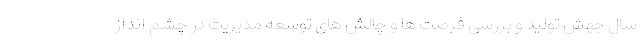
سال جهش تولید و بررسی فرصت ها و چالش های توسعه مدیریت در چشم انداز